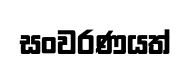
සංවරණයත්